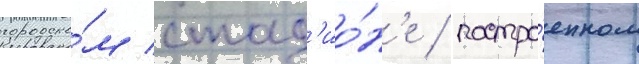
городско́м стад'ио́н'е / постро́енном